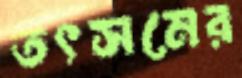
তৎসমের